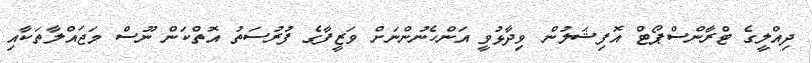
ދިއްލީގެ ޓްރާންސްޕޯޓް އޮފިޝަލުން ވިދާޅުވީ އަންހެނުންނަށް ވަޒީފާގެ ފުރުސަތު އޮތްކަން ނޫސް މަޖައްލާތަކާއި